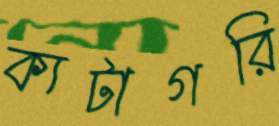
ক্যটাগরি